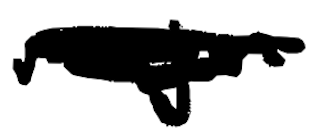
Text: major
Cross-out: scratch
Writing tool: digital_black